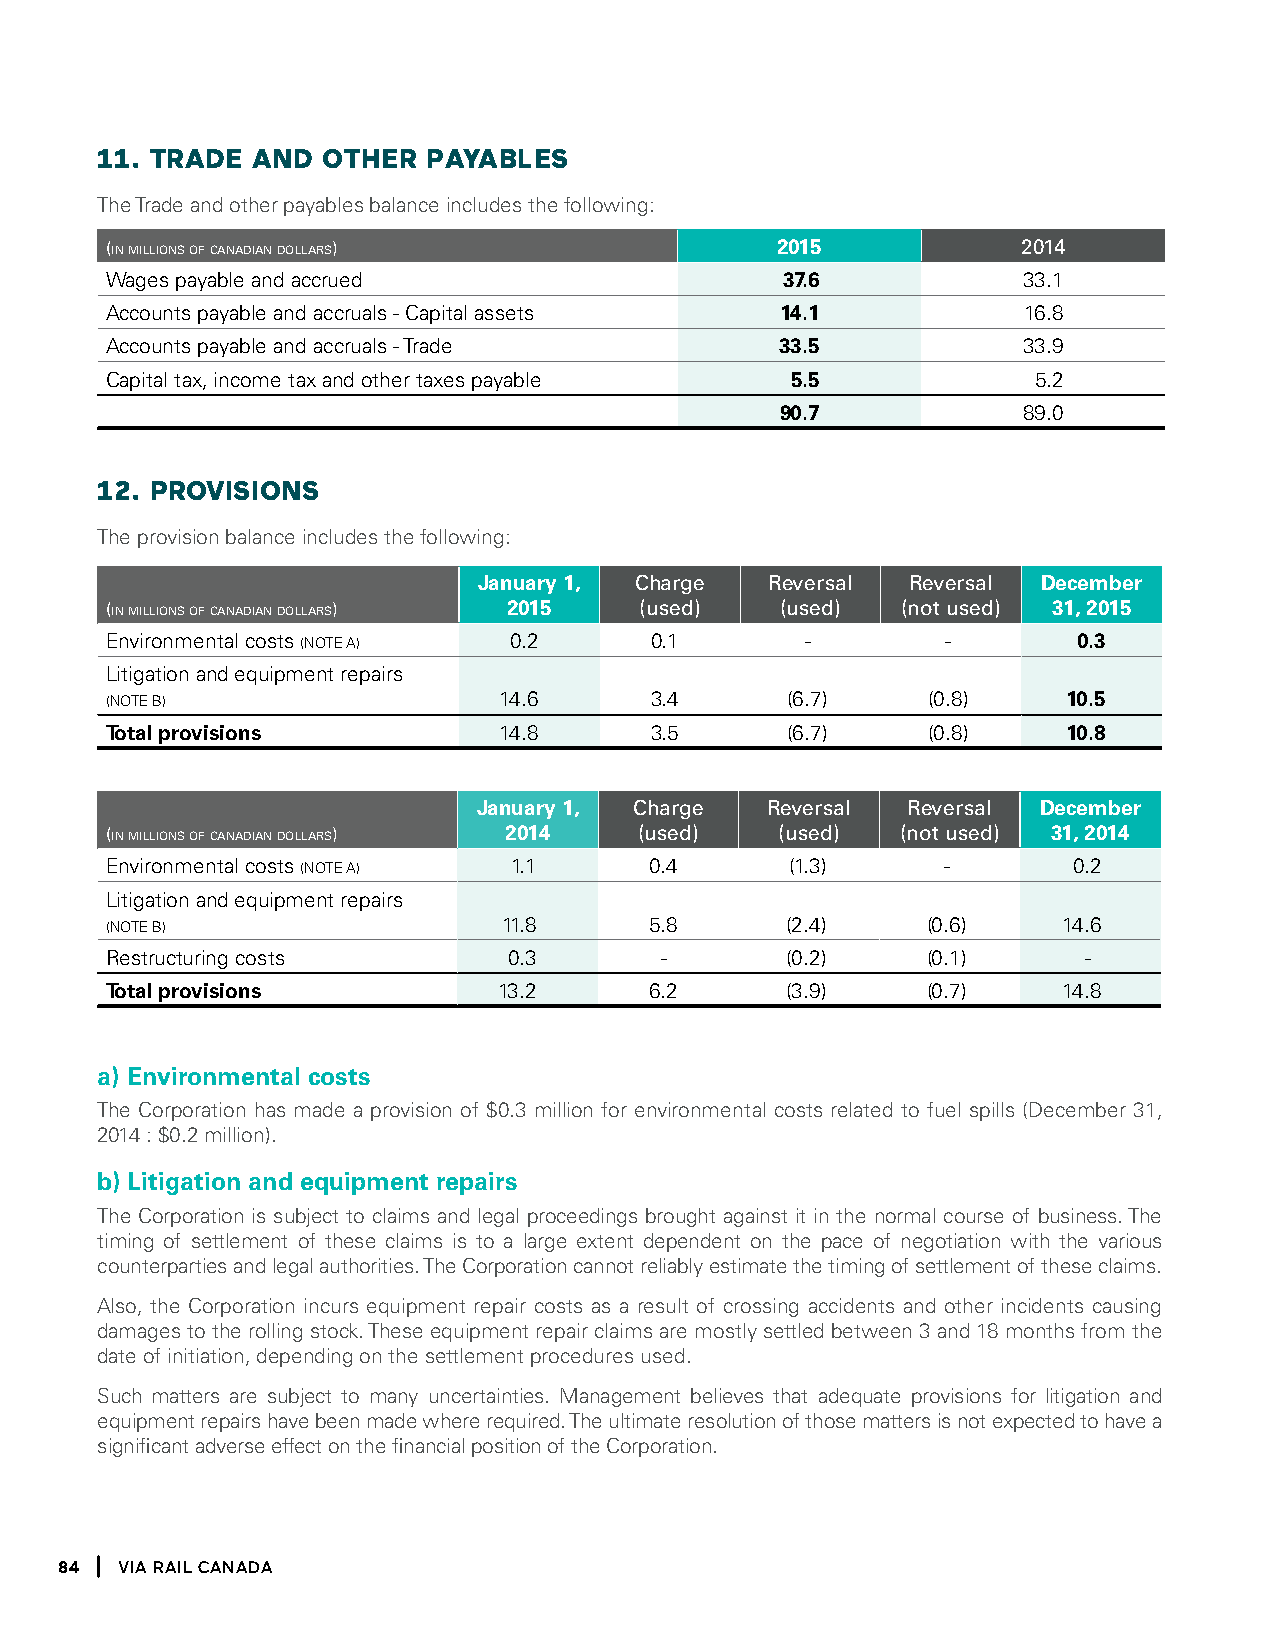
11. tRaDe  anD OtHeR  PaYaBleS
 The Trade and other payables balance includes the following:
 (in millions of canadian dollars)           2015             2014
 Wages payable and accrued                    37.6            33.1
 Accounts payable and accruals - Capital assets 14.1          16.8
 Accounts payable and accruals - Trade        33.5            33.9
 Capital tax, income tax and other taxes payable 5.5          5.2
 90.7            89.0
 12. PROViSiOnS
 The provision balance includes the following:
 January 1, charge  reversal reversal December
 (in millions of canadian dollars) 2015 (used) (used) (not used) 31, 2015
 Environmental costs (NOTE A) 0.2    0.1       -         -       0.3
 Litigation and equipment repairs
 (NOTE B)                  14.6      3.4      (6.7)    (0.8)     10.5
 Total provisions          14.8      3.5      (6.7)    (0.8)     10.8
 January 1, charge  reversal reversal December
 (in millions of canadian dollars) 2014 (used) (used) (not used) 31, 2014
 Environmental costs (NOTE A) 1.1    0.4      (1.3)     -        0.2
 Litigation and equipment repairs
 (NOTE B)                  11.8      5.8      (2.4)    (0.6)    14.6
 Restructuring costs        0.3       -       (0.2)    (0.1)      -
 Total provisions          13.2      6.2      (3.9)    (0.7)    14.8
 a) Environmental costs
 The Corporation has made a provision of $0.3 million for environmental costs related to fuel spills (December 31,
 2014 : $0.2 million).
 b) Litigation and equipment repairs
 The Corporation is subject to claims and legal proceedings brought against it in the normal course of business. The
 timing of settlement of these claims is to a large extent dependent on the pace of negotiation with the various
 counterparties and legal authorities. The Corporation cannot reliably estimate the timing of settlement of these claims.
 Also, the Corporation incurs equipment repair costs as a result of crossing accidents and other incidents causing
 damages to the rolling stock. These equipment repair claims are mostly settled between 3 and 18 months from the
 date of initiation, depending on the settlement procedures used.
 Such matters are subject to many uncertainties. Management believes that adequate provisions for litigation and
 equipment repairs have been made where required. The ultimate resolution of those matters is not expected to have a
 significant adverse effect on the financial position of the Corporation.
 84  Via Rail Canada